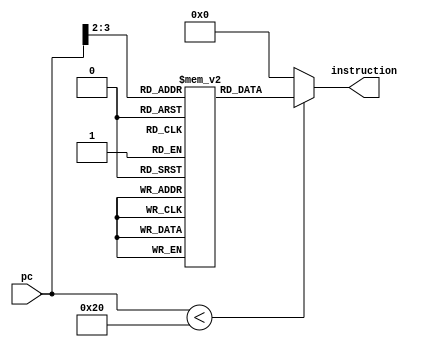
      `timescale 1ns/1ps
      
      module instruction_memory
        (
          input[31:0] pc,
          output wire[31:0] instruction
        );
        
        wire [3 : 0] rom_Addr = pc[5 : 2];
        
        reg[31:0] format[3:0];
        
            initial 
            begin 

/*add instructions for LEDs_out*/

            //add
              format[0] = 32'b00000000000001000001100000000000; 
            
            //add
              format[1] = 32'b00000000000001010001100000000000;
       
            //add
              format[2] = 32'b00000000000001100001100000000000;
         
            //add
              format[3] = 32'b00000000000001110001100000000000;
                          
            end 
        
            //Use of tenary operator instead of an if-else statement
        assign instruction = (pc[31:0] < 32 ) ? format[rom_Addr[3:0]] : 32'd0;
        
        //Equivalent to:
        
        /*if(pc < 32)
          begin
              assign instruction = format[rom_Addr[3:0]];
          end
        else 
          begin
              assign instruction = 32'd0;
          end
        */
        
      endmodule